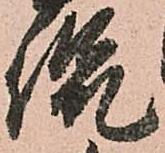
侃